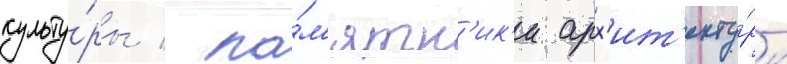
культу́ры / па́м'ятн'ик'и арх'ит'екту́ры